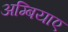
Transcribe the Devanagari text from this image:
अम्बियाए